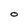
Character: O